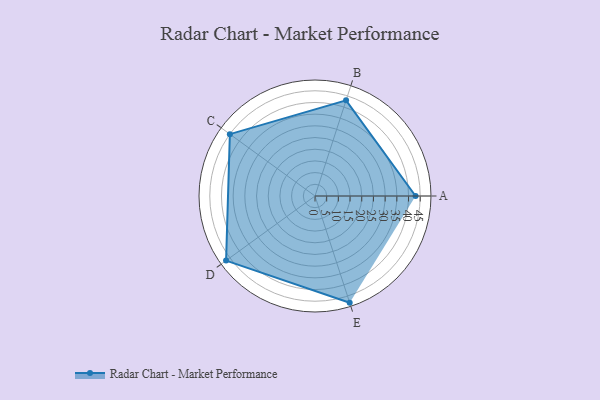
{"axis": {"x": "Skill", "y": "Score"}, "legend": ["Profile"], "data": [{"x": "A", "y": 43.0, "type": "Profile"}, {"x": "B", "y": 43.0, "type": "Profile"}, {"x": "C", "y": 45.0, "type": "Profile"}, {"x": "D", "y": 47.0, "type": "Profile"}, {"x": "E", "y": 48.0, "type": "Profile"}]}